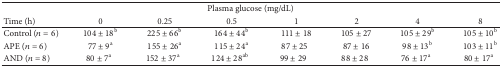
<table><thead><tr><td colspan="8"><b>Plasma glucose (mg/dL)</b></td></tr><tr><td><b>Time (h)</b></td><td><b>0</b></td><td><b>0.25</b></td><td><b>0.5</b></td><td><b>1</b></td><td><b>2</b></td><td><b>4</b></td><td><b>8</b></td></tr></thead><tbody><tr><td>Control (<i>n</i> = 6)</td><td>104 ± 18<sup>b</sup></td><td>225 ± 66<sup>b</sup></td><td>164 ± 44<sup>b</sup></td><td>111 ± 18</td><td>105 ± 27</td><td>105 ± 29<sup>b</sup></td><td>105 ± 10<sup>b</sup></td></tr><tr><td>APE (<i>n</i> = 6)</td><td>77 ± 9<sup>a</sup></td><td>155 ± 26<sup>a</sup></td><td>115 ± 24<sup>a</sup></td><td>87 ± 25</td><td>87 ± 16</td><td>98 ± 13<sup>b</sup></td><td>103 ± 11<sup>b</sup></td></tr><tr><td>AND (<i>n</i> = 8)</td><td>80 ± 7<sup>a</sup></td><td>152 ± 37<sup>a</sup></td><td>124 ± 28<sup>ab</sup></td><td>99 ± 29 </td><td>88 ± 28</td><td>76 ± 17<sup>a</sup></td><td>80 ± 17<sup>a</sup></td></tr></tbody></table>